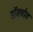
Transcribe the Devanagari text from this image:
डॉक्ट्रोव